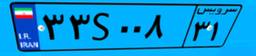
۰۱S۱۵۸۷۴